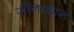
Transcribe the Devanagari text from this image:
जौनाथान